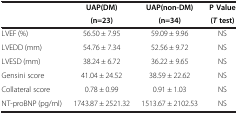
<table><thead><tr><td rowspan="2"><b> </b></td><td><b>UAP(DM)</b></td><td><b>UAP(non-DM)</b></td><td><b>P Value</b></td></tr><tr><td><b>(n=23)</b></td><td><b>(n=34)</b></td><td><b>(<i>T </i>test)</b></td></tr></thead><tbody><tr><td>LVEF (%)</td><td>56.50 ± 7.95</td><td>59.09 ± 9.96</td><td>NS</td></tr><tr><td>LVEDD (mm)</td><td>54.76 ± 7.34</td><td>52.56 ± 9.72</td><td>NS</td></tr><tr><td>LVESD (mm)</td><td>38.24 ± 6.72</td><td>36.22 ± 9.65</td><td>NS</td></tr><tr><td>Gensini score</td><td>41.04 ± 24.52</td><td>38.59 ± 22.62</td><td>NS</td></tr><tr><td>Collateral score</td><td>0.78 ± 0.99</td><td>0.91 ± 1.03</td><td>NS</td></tr><tr><td>NT-proBNP (pg/ml)</td><td>1743.87 ± 2521.32</td><td>1513.67 ± 2102.53</td><td>NS</td></tr></tbody></table>